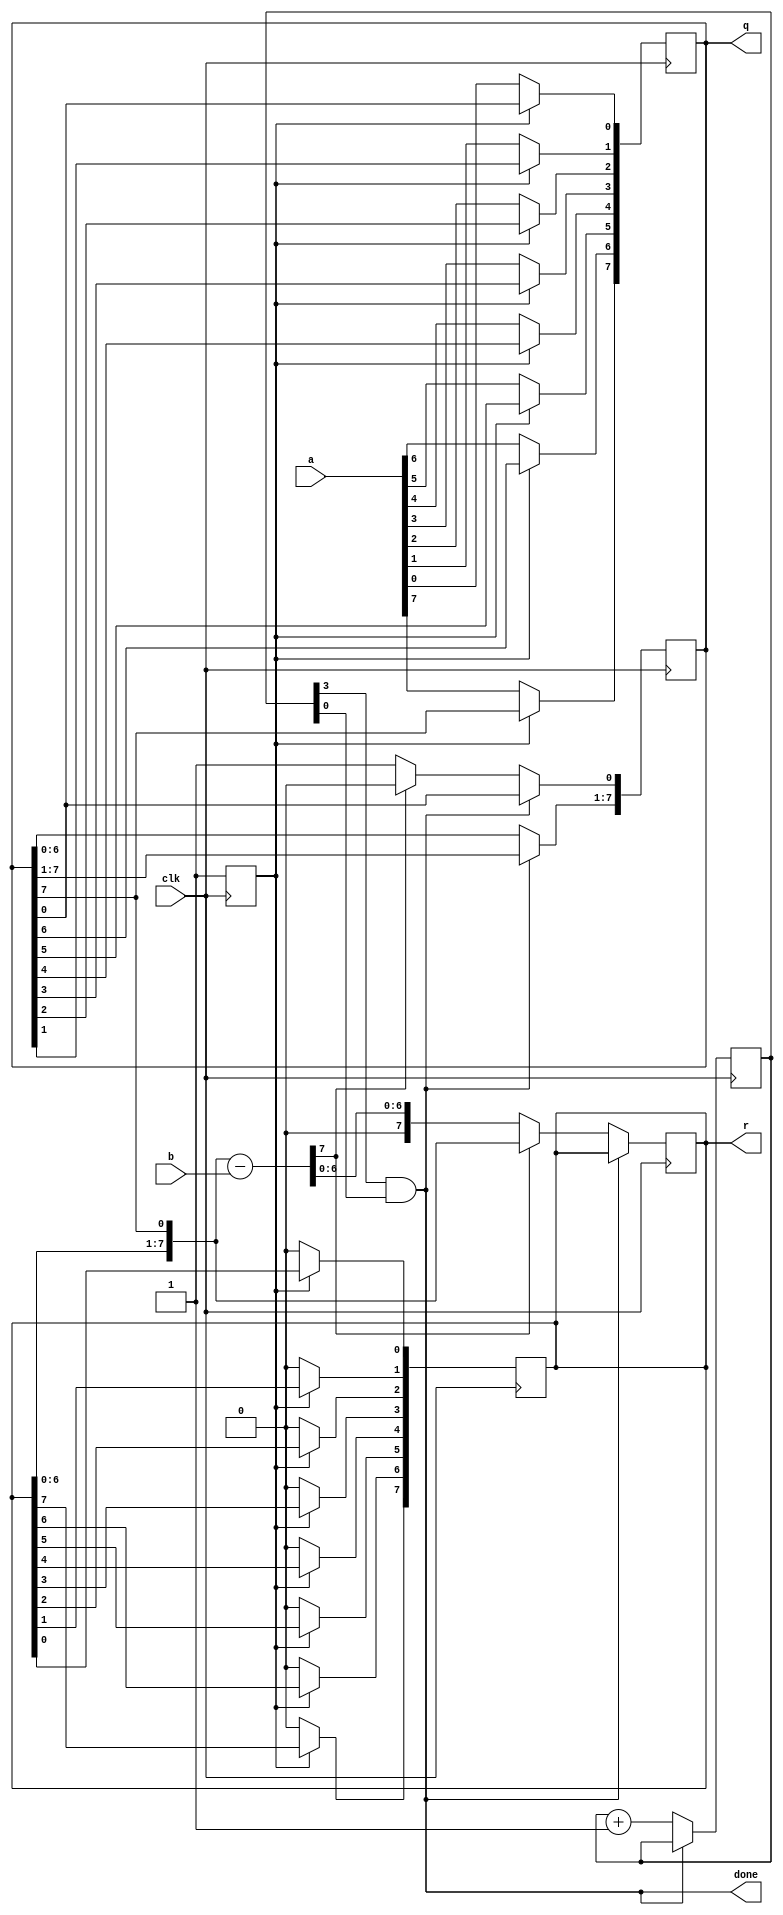
module divider(
 input [7:0]a,b,//a=dividend,b=divisor
 input clk,
 output [7:0]q,r,//q=quotient,r=remainder 
 output done
);
  reg [7:0]t;
  assign r=t;
  reg [7:0]y;
  reg lod=1'b0;
  always @(posedge clk) begin
   if(~lod) begin
    y[0]<=a[0];
    y[1]<=a[1];
    y[2]<=a[2];
    y[3]<=a[3];
    y[4]<=a[4];
    y[5]<=a[5];
    y[6]<=a[6];
    y[7]<=a[7];
    t[0]<=1'b0;
    t[1]<=1'b0;
    t[2]<=1'b0;
    t[3]<=1'b0;
    t[4]<=1'b0;
    t[5]<=1'b0;
    t[6]<=1'b0;
    t[7]<=1'b0;
    lod=1'b1;
    end
  end
  assign q=y;
  reg [3:0]p=4'b0;
  assign done=p[3]&p[0];
  reg[7:0]s;
  always @(posedge clk) begin
   if(~done) begin
   {t,y}={t,y}<<1;
    s=t;
    t=t-b;
    if(t[7]) begin
     y[0]=1'b0;
     t=s;
    end
    else begin
    y[0]=1'b1;
    end
    p=p+1;
   end
  end
endmodule